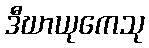
ဒီဃာယုကေသု